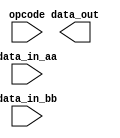
module MixedPrecisionFloatingPointUnit (
    input wire [31:0] data_in_aa,
    input wire [31:0] data_in_bb,
    input wire opcode,
    output wire [31:0] data_out
);

// Modules for addition, subtraction, multiplication, and division

// Module for handling special cases

// Module for switching between precisions

// Module for rounding and handling overflow/underflow conditions

endmodule